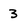
Character: 3